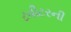
ટવીટરની